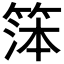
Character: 𬕙